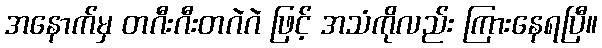
အနောက်မှ တဂီးဂီးတဂဲဂဲ ဖြင့် အသံကိုလည်း ကြားနေရပြီ။